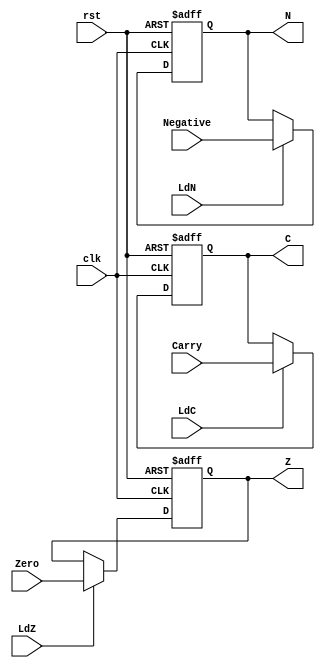
module CZN(input clk, rst, input LdC, LdN, LdZ, input Carry, Zero, Negative, output reg C, Z, N);
  always@(posedge clk, posedge rst) begin
    if(rst)
    begin
      C <= 1'b0;
      Z <= 1'b0;
      N <= 1'b0;
    end
    else 
    begin
      if(LdC)
        C <= Carry;
      else
        C <= C;
      if(LdZ)
        Z <= Zero;
      else
        Z <= Z;
      if(LdN)
        N <= Negative;
      else
        N <= N;
    end
  end
endmodule